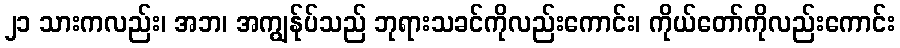
၂၁ သားကလည်း၊ အဘ၊ အကျွန်ုပ်သည် ဘုရားသခင်ကိုလည်းကောင်း၊ ကိုယ်တော်ကိုလည်းကောင်း